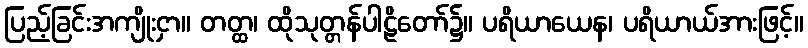
ပြည့်ခြင်းအကျိုးငှာ။ တတ္ထ၊ ထိုသုတ္တန်ပါဠိတော်၌။ ပရိယာယေန၊ ပရိယာယ်အားဖြင့်။